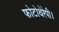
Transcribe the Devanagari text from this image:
फोटोथेरेपी।